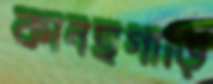
কানছগাড়ি